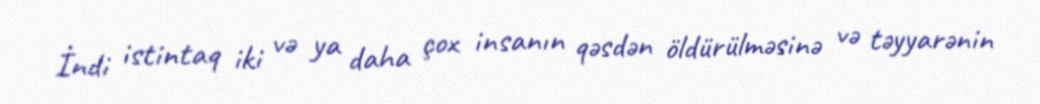
İndi istintaq iki və ya daha çox insanın qəsdən öldürülməsinə və təyyarənin